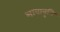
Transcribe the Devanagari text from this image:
भावावृत्ति